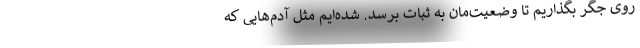
روی جگر بگذاریم تا وضعیت‌مان به ثبات برسد. شده‌ایم مثل آدم‌هایی که